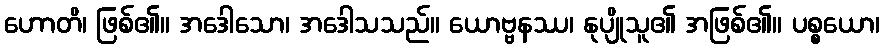
ဟောတိ၊ ဖြစ်၏။ အဒေါသော၊ အဒေါသသည်။ ယောဗ္ဗနဿ၊ နုပျိုသူ၏ အဖြစ်၏။ ပစ္စယော၊